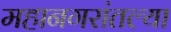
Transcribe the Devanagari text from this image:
महानगरांतल्या